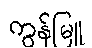
ကွန်မြူ